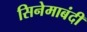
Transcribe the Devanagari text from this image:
सिनेमाबंदी